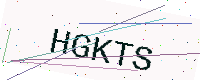
Text: HGKTS